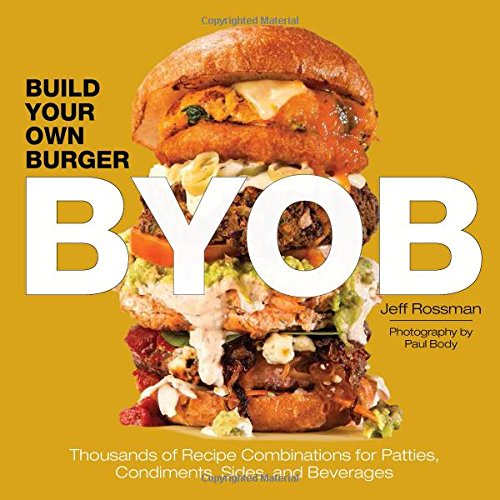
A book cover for Build Your Own Burger: BYOB; Jeff Rossman; Cookbooks, Food & Wine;